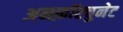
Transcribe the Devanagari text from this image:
अनफ़ॉरचुनेट